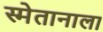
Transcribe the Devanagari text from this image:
स्मेतानाला